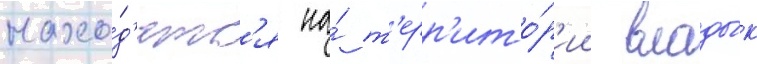
нахо́д'ятс'я на́ т'ерр'ито́р'ии влады́к